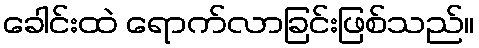
ခေါင်းထဲ ရောက်လာခြင်းဖြစ်သည်။